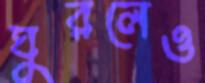
ঘুরলেও